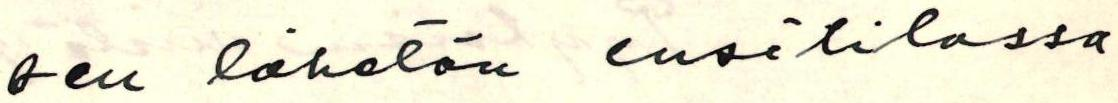
sen lähetän ensi tilassa